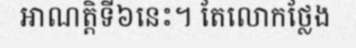
អាណត្តិទី៦នេះ។ តែលោកថ្លែង